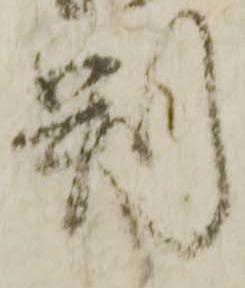
判